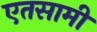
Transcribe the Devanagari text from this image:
एतसामी